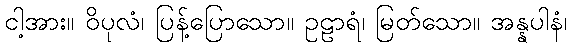
ငါ့အား။ ဝိပုလံ၊ ပြန့်ပြောသော။ ဥဠာရံ၊ မြတ်သော။ အန္နပါနံ၊